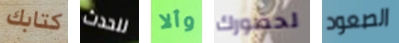
كتابك للحدث وألا لحضورك الصعود